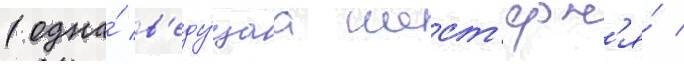
(одна́ в'еду́щаа шест'ерн'я́ /